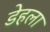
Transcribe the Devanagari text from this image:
डेहला